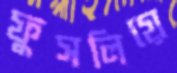
ফুসলিয়ে